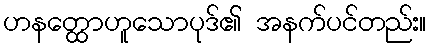
ဟနတ္ထောဟူသောပုဒ်၏ အနက်ပင်တည်း။